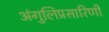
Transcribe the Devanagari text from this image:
अंगुलिप्रसारिणी